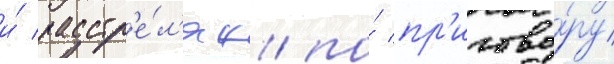
и́ расстр'е́л'ян по́ пр'игово́ру